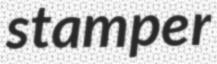
stamper